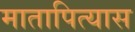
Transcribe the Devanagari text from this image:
मातापित्यास